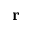
\textbf { r }